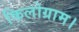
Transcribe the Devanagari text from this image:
किलोग्राम।